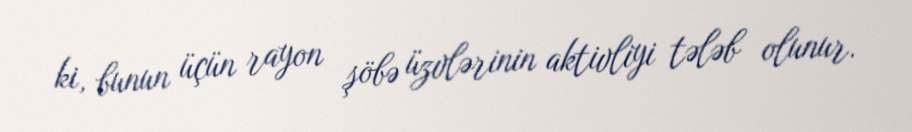
ki, bunun üçün rayon şöbə üzvlərinin aktivliyi tələb olunur.